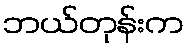
ဘယ်တုန်းက